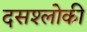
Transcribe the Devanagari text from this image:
दसश्लोकी